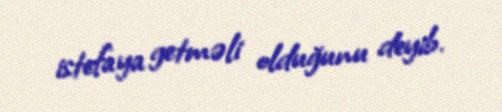
istefaya getməli olduğunu deyib.